Indian Medical Review
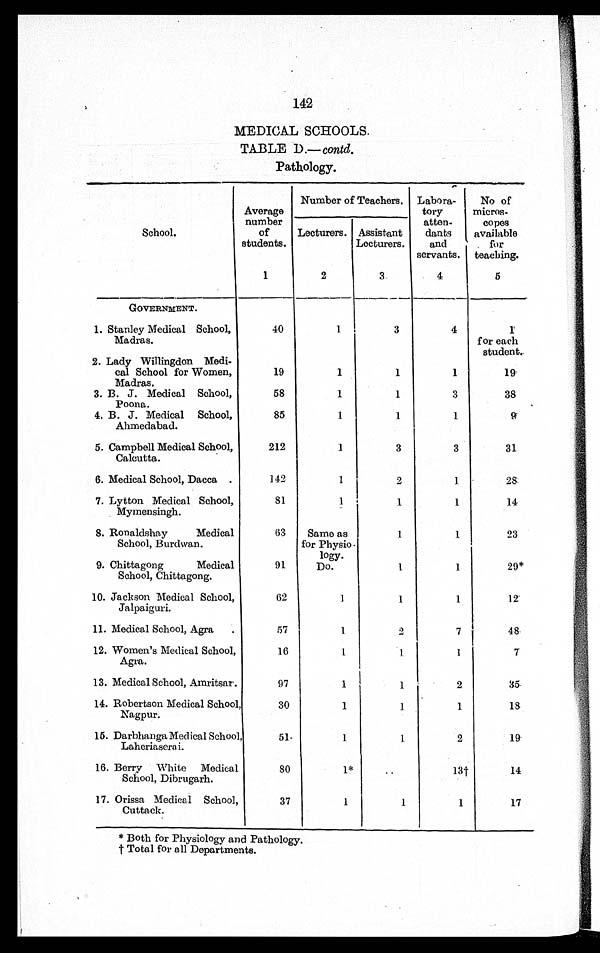
142
MEDICAL SCHOOLS.
TABLE D.— contd.
Pathology.
School.
Average
number
of
students.
Number of Teachers. Labora-
tory
atten-
dants
and
servants.
No of
micros-
copes
available
for
teaching.
Lecturers. Assistant
Lecturers.
1
2
3
4
5
GOVERNMENT.
1. Stanley Medical School,
Madras.
40
1
3
4
1
for each
student.
2. Lady Willingdon Medi-
cal School for Women,
Madras.
19
1
1
1
19
3. B. J. Medical School,
Poona.
58
1
1
3
38
4. B. J. Medical School,
Ahmedabad.
85
1
1
1
9
5. Campbell Medical School,
Calcutta.
212
1
3
3
31
6. Medical School, Dacca.
142
1
2
1
28
7. Lytton Medical School,
Mymensingh.
81
1
1
1
14
8. Ronaldshay Medical
School, Burdwan.
63
Same as
for Physio-
logy.
1
1
23
9. Chittagong Medical
School, Chittagong.
91
Do.
1
1
29*
10. Jackson Medical School,
Jalpaiguri.
62
1
1
1
12
11. Medical School, Agra
57
1
2
7
48
12. Women's Medical School,
Agra.
16
1
1
1
7
13. Medical School, Amritsar.
97
1
1
2
35
14. Robertson Medical School,
Nagpur.
30
1
1
1
18
15. Darbhanga Medical School,
Laheriaserai.
51
1
1
2
19
16. Berry White Medical
School, Dibrugarh.
80
1 *
. .
13†
14
17. Orissa Medical School,
Cuttack.
37
1
1
1
17
* Both for Physiology and Pathology.
† T o t a l f o r a l l D e p a r t m e n t s .